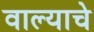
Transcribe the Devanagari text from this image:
वाल्याचे